Leaving Certificate Examination (including Day School Certificate (Higher) General paper), 1930
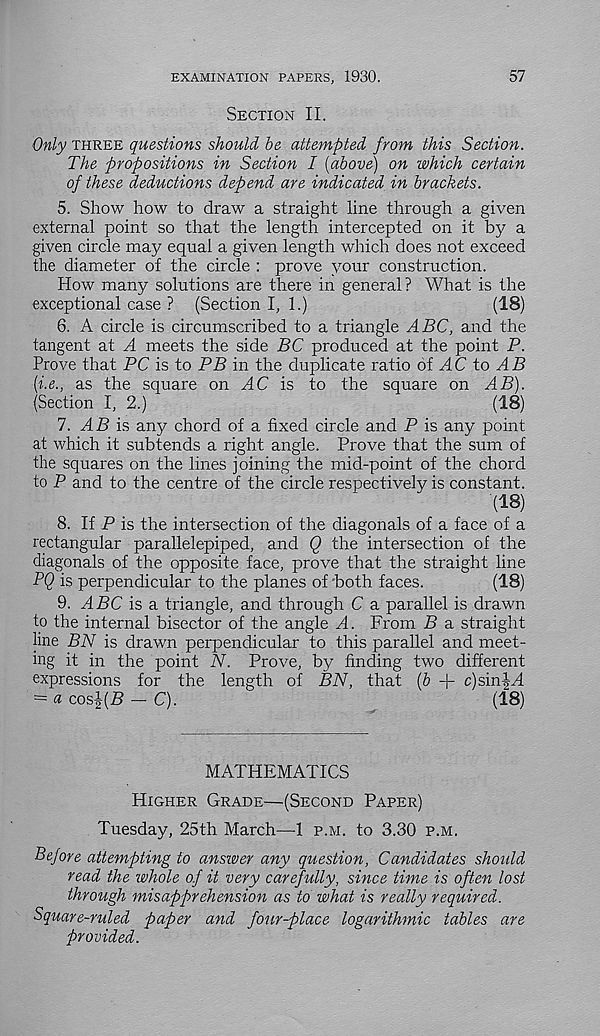
EXAMINATION PAPERS, 1930.
57
Section II.
Only three questions should be attempted from this Section.
The propositions in Section I {above) on which certain
of these deductions depend are indicated in brackets.
5. Show how to draw a straight line through a given
external point so that the length intercepted on it by a
given circle may equal a given length which does not exceed
the diameter of the circle : prove your construction.
How many solutions are there in general? What is the
exceptional case ? (Section I, 1.)
(18)
6. A circle is circumscribed to a triangle ABC, and the
tangent at A meets the side BC produced at the point P.
Prove that PC is to PB in the duplicate ratio of HC to
[i.e., as the square on AC is to the square on AB).
(Section I, 2.)
(18)
1. AB is any chord of a fixed circle and P is any point
at which it subtends a right angle. Prove that the sum of
the squares on the lines joining the mid-point of the chord
to P and to the centre of the circle respectively is constant.
(18)
8. If P is the intersection of the diagonals of a face of a
rectangular parallelepiped, and Q the intersection of the
diagonals of the opposite face, prove that the straight line
PQ is perpendicular to the planes of both faces.
(18)
9. ABC \s s. triangle, and through C a parallel is drawn
to the internal bisector of the angle A. From B a straight
line BN is drawn perpendicular to this parallel and meet-
ing it in the point N. Prove, by finding two different
expressions for the length of BN, that {b -f c)siniH
= « cosi(5 - C).
(18)
MATHEMATICS
Higher Grade—(Second Paper)
Tuesday, 25th March—1 p.m. to 3.30 p.m.
Before attempting to ansiver any question, Candidates should
read the whole of it very carefully, since time is often lost
through misapprehension as to what is really required.
Square-rifled paper and four-place logarithmic tables are
provided.